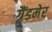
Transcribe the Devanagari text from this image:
ग्रैंडमेर